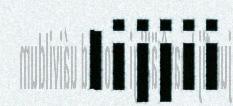
lijjii